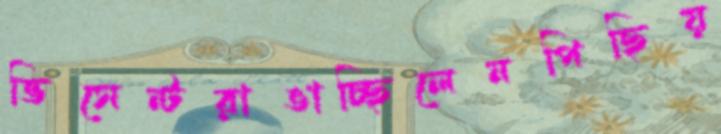
ভিসেন্টরাঙাচ্ছিলেনপিছিয়